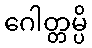
ဂေါတ္တမ္ပိ